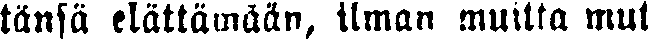
tänsä elättämään, ilman muitta mut